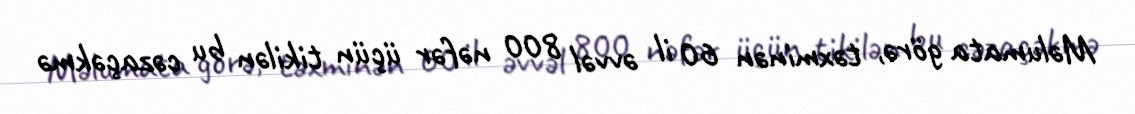
Məlumata görə, təxminən 60 il əvvəl 800 nəfər üçün tikilən bu cəzaçəkmə